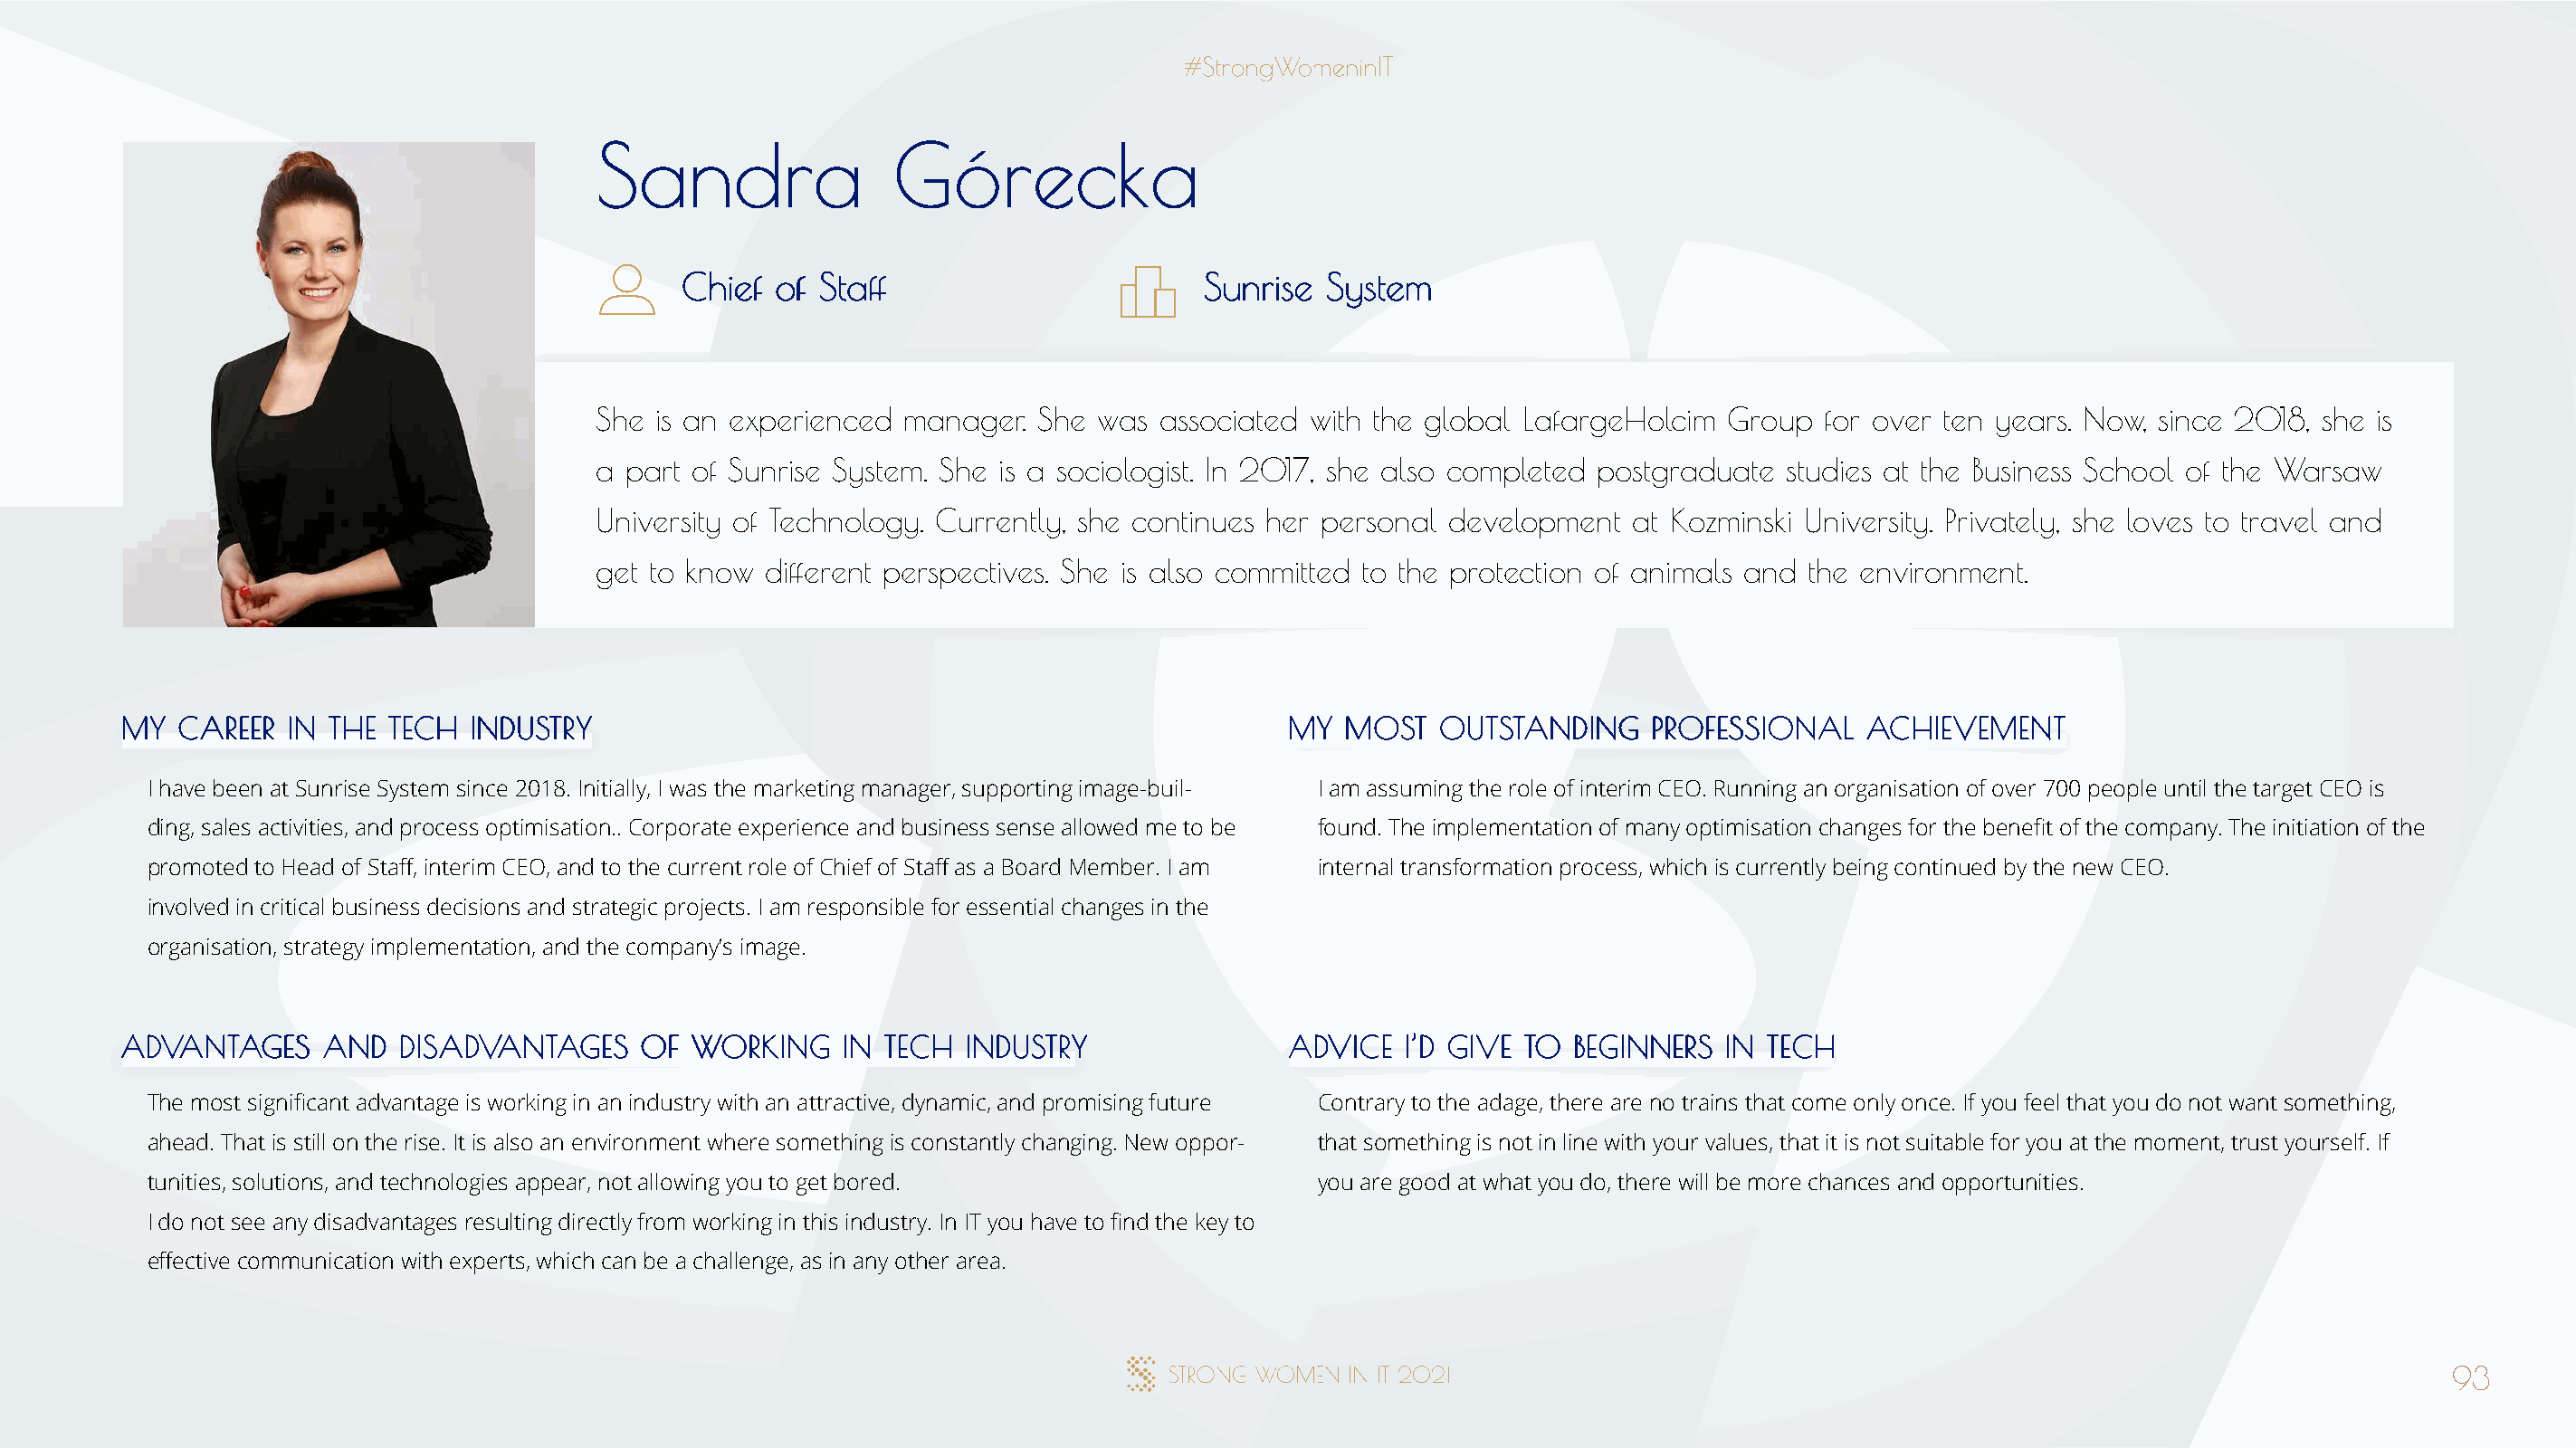
SSaannddrraa         GGóórreecckkaa
 CChhiieeff ooff SSttaaffff            SSuunnrriissee SSyysstteemm
 She is an experienced manager.  She was  associated with the global LafargeHolcim Group  for over ten years. Now, since 2018, she is
 a part of Sunrise System. She is a sociologist. In 2017, she also completed postgraduate studies at the Business School of the Warsaw
 University of Technology. Currently, she continues her personal development at Kozminski University. Privately, she loves to travel and
 get to know different perspectives. She is also committed to the protection of animals and the environment.
 MMYY CCAARREEEERR IINN TTHHEE TTEECCHH IINNDDUUSSTTRRYY                              MMYY MMOOSSTT OOUUTTSSTTAANNDDIINNGG PPRROOFFEESSSSIIOONNAALL AACCHHIIEEVVEEMMEENNTT
 I have been at Sunrise System since 2018. Initially, I was the marketing manager, supporting image-buil- I am assuming the role of interim CEO. Running an organisation of over 700 people until the target CEO is
 ding, sales activities, and process optimisation.. Corporate experience and business sense allowed me to be found. The implementation of many optimisation changes for the benefit of the company. The initiation of the
 promoted to Head of Staff, interim CEO, and to the current role of Chief of Staff as a Board Member. I am internal transformation process, which is currently being continued by the new CEO.
 involved in critical business decisions and strategic projects. I am responsible for essential changes in the
 organisation, strategy implementation, and the company’s image.
 AADDVVAANNTTAAGGEESS AANNDD DDIISSAADDVVAANNTTAAGGEESS OOFF WWOORRKKIINNGG IINN TTEECCHH IINNDDUUSSTTRRYY AADDVVIICCEE II’’DD GGIIVVEE TTOO BBEEGGIINNNNEERRSS IINN TTEECCHH
 The most significant advantage is working in an industry with an attractive, dynamic, and promising future Contrary to the adage, there are no trains that come only once. If you feel that you do not want something,
 ahead. That is still on the rise. It is also an environment where something is constantly changing. New oppor- that something is not in line with your values, that it is not suitable for you at the moment, trust yourself. If
 tunities, solutions, and technologies appear, not allowing you to get bored.         you are good at what you do, there will be more chances and opportunities.
 I do not see any disadvantages resulting directly from working in this industry. In IT you have to find the key to
 effective communication with experts, which can be a challenge, as in any other area.
 93